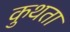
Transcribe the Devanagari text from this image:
कुथता